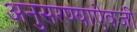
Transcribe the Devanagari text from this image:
अनुसरण्‍याऐवजी